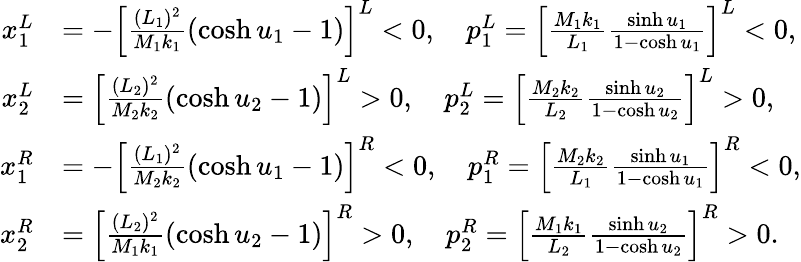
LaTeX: \begin{array}{rl}{x_{1}^{L}}&{=-\left[\frac{(L_{1})^{2}}{M_{1}k_{1}}(\cosh u_{1}-1)\right]^{L}<0,\quad p_{1}^{L}=\left[\frac{M_{1}k_{1}}{L_{1}}\frac{\sinh u_{1}}{1-\cosh u_{1}}\right]^{L}<0,}\\ {x_{2}^{L}}&{=\left[\frac{(L_{2})^{2}}{M_{2}k_{2}}(\cosh u_{2}-1)\right]^{L}>0,\quad p_{2}^{L}=\left[\frac{M_{2}k_{2}}{L_{2}}\frac{\sinh u_{2}}{1-\cosh u_{2}}\right]^{L}>0,}\\ {x_{1}^{R}}&{=-\left[\frac{(L_{1})^{2}}{M_{2}k_{2}}(\cosh u_{1}-1)\right]^{R}<0,\quad p_{1}^{R}=\left[\frac{M_{2}k_{2}}{L_{1}}\frac{\sinh u_{1}}{1-\cosh u_{1}}\right]^{R}<0,}\\ {x_{2}^{R}}&{=\left[\frac{(L_{2})^{2}}{M_{1}k_{1}}(\cosh u_{2}-1)\right]^{R}>0,\quad p_{2}^{R}=\left[\frac{M_{1}k_{1}}{L_{2}}\frac{\sinh u_{2}}{1-\cosh u_{2}}\right]^{R}>0.}\end{array}